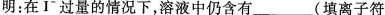
明：在I^{-}过量的情况下，溶液中仍含有___(填离子符